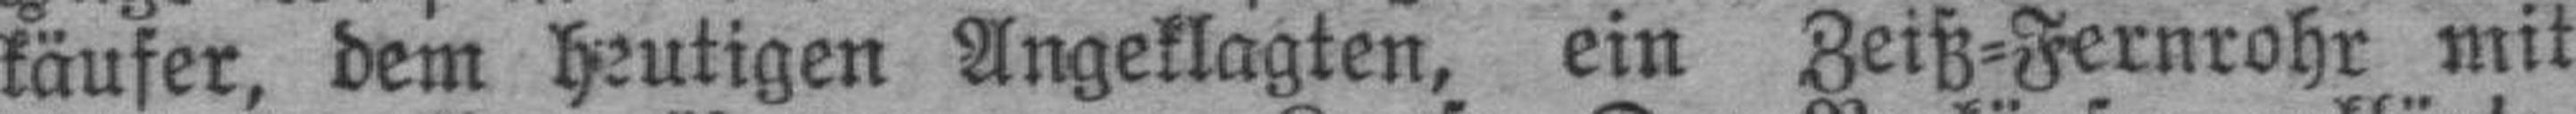
käufer, dem heutigen Angeklagten, ein Zeiß=Fernrohr mit